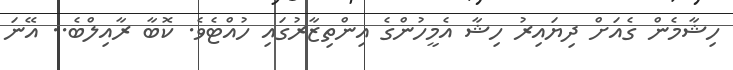
ހިޝާމެން ގެއަށް ދިޔައިރު ހިޝާ އެމީހުންގެ އިންތިޒާރުގައި ހުއްޓެވެ. ކޮބާ ރާއިލްބެ.. އޭނަ